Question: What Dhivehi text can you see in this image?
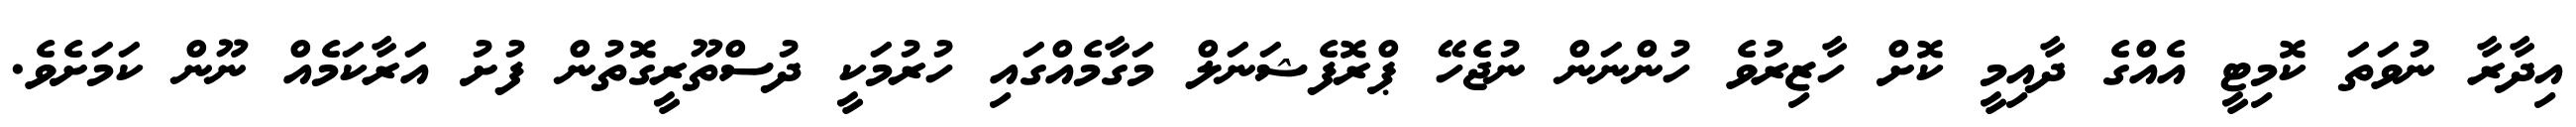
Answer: އިދާރާ ނުވަތަ ކޮމިޓީ އެއްގެ ދާއިމީ ކޮށް ހާޒިރުވެ ހުންނަން ނުޖެހޭ ޕްރޮފެޝަނަލް މަގާމެއްގައި ހުރުމަކީ ދުސްތޫރީގޮތުން ފުށު އަރާކަމެއް ނޫން ކަމަށެވެ.